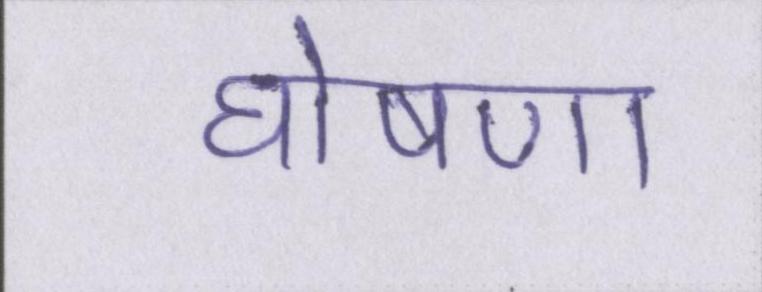
घोषणा